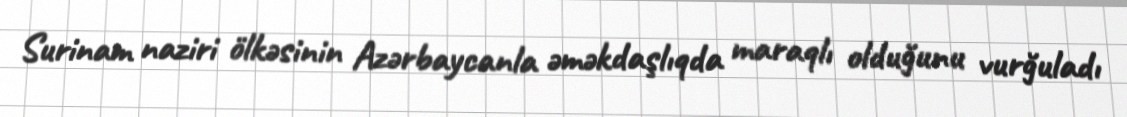
Surinam naziri ölkəsinin Azərbaycanla əməkdaşlıqda maraqlı olduğunu vurğuladı